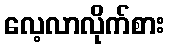
လေ့လာလိုက်စား